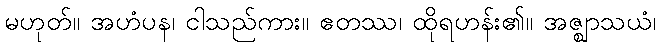
မဟုတ်။ အဟံပန၊ ငါသည်ကား။ ဧတဿ၊ ထိုရဟန်း၏။ အဇ္ဈာသယံ၊